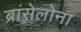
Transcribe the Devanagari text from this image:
ब्रांसेलोना